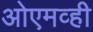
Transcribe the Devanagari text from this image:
ओएमव्ही